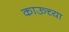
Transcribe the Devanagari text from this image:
काऊच्या